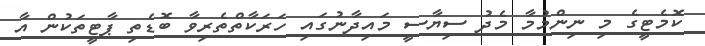
ކޮމެޓީގެ މި ނިންމުމާ މެދު ސިޔާސީ މައިދާނުގައި ހަރަކާތްތެރިވާ ބޮޑެތި ޕާޓީތަކުން އާ